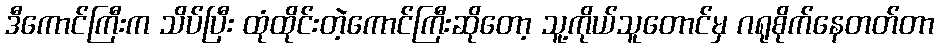
ဒီကောင်ကြီးက သိပ်ပြီး ထုံထိုင်းတဲ့ကောင်ကြီးဆိုတော့ သူ့ကိုယ်သူတောင်မှ ဂရုစိုက်နေတတ်တာ